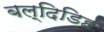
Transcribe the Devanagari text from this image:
बल्दिडिह